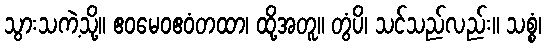
သွားသကဲ့သို့။ ဧဝမေဝဧဝံတထာ၊ ထို့အတူ။ တွံပိ၊ သင်သည်လည်း။ သစ္စံ၊